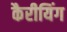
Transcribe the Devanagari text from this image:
कैरीयिंग